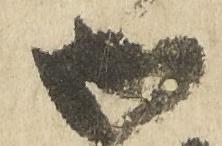
御